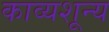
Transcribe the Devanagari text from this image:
काव्यशून्य